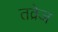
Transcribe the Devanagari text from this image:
तव्रेज